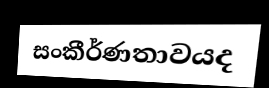
සංකීර්ණතාවයද